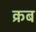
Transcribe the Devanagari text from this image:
क्रब